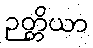
ဉတ္တိယာ